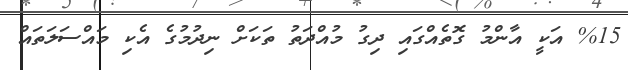
%15 އަކީ އާންމު ގޮތެއްގައި ދިގު މުއްދަތު ތަކަށް ނިދުމުގެ އެކި މައްސަލަތައް